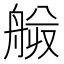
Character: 𰰍